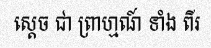
ស្តេច ជា ព្រាហ្មណ៍ ទាំង ពីរ